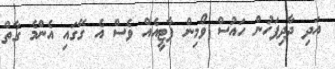
އަދި ދާދިފަހުން ހައުސް ވޯމިން ޕާޓީއެއް ވެސް އެ ގޭގައި އެންމެ ގާތް